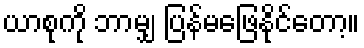
ယာစုကို ဘာမျှ ပြန်မဖြေနိုင်တော့။